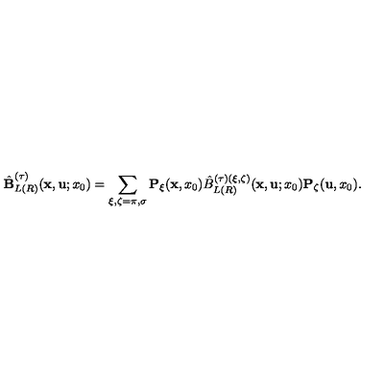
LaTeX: \hat { \bf B } _ { L ( R ) } ^ { ( \tau ) } ( { \bf x } , { \bf u } ; x _ { 0 } ) = \sum _ { \xi , \zeta = \pi , \sigma } { \bf P } _ { \xi } ( { \bf x } , x _ { 0 } ) \hat { B } _ { L ( R ) } ^ { ( \tau ) ( \xi , \zeta ) } ( { \bf x } , { \bf u } ; x _ { 0 } ) { \bf P } _ { \zeta } ( { \bf u } , x _ { 0 } ) .